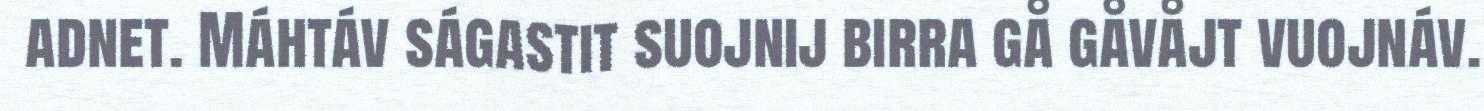
adnet. Máhtáv ságastit suojnij birra gå gåvåjt vuojnáv.